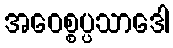
အဝေစ္စပ္ပသာဒေါ